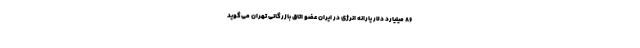
۸۶ میلیارد دلار یارانه انرژی در ایران عضو اتاق بازرگانی تهران می‌گوید